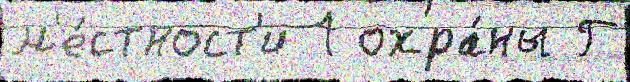
м'е́стност'и 1 охра́ны Г